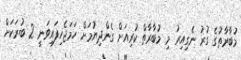
މުބާރާތުގެ ގުރު ނެގިއިރު މި މުބާރާތް ކުރިއަށް ގެންދިޔުމަށް ހަމަޖެހިފައިވަނީ 2 ބުރަކަށް